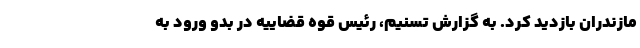
مازندران بازدید کرد. به گزارش تسنیم، رئیس قوه قضاییه در بدو ورود به